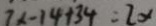
7 x - 1 4 + 3 4 = 2 x